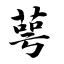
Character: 萼